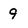
Character: 9